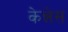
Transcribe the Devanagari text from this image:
केन्नेस